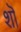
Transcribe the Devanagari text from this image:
शॊ